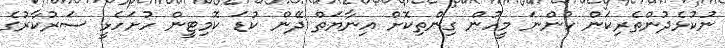
ނުކުޅެދުންތެރިކަން ހުންނަ މީހުން ގިންތިކޮށް އިނާޔަތް ދޭން ކުޑަ ކޮމިޓީން ހުށަހެޅީ ސަރުކާރުގެ